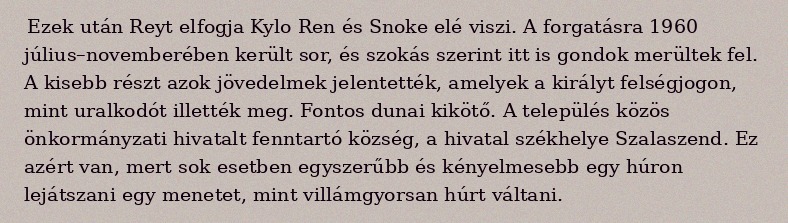
Ezek után Reyt elfogja Kylo Ren és Snoke elé viszi. A forgatásra 1960 július–novemberében került sor, és szokás szerint itt is gondok merültek fel. A kisebb részt azok jövedelmek jelentették, amelyek a királyt felségjogon, mint uralkodót illették meg. Fontos dunai kikötő. A település közös önkormányzati hivatalt fenntartó község, a hivatal székhelye Szalaszend. Ez azért van, mert sok esetben egyszerűbb és kényelmesebb egy húron lejátszani egy menetet, mint villámgyorsan húrt váltani.